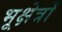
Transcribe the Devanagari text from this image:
भूक्षेत्रों